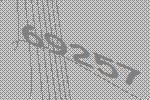
69257